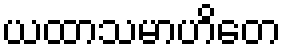
ယထာသမာဟိတေ